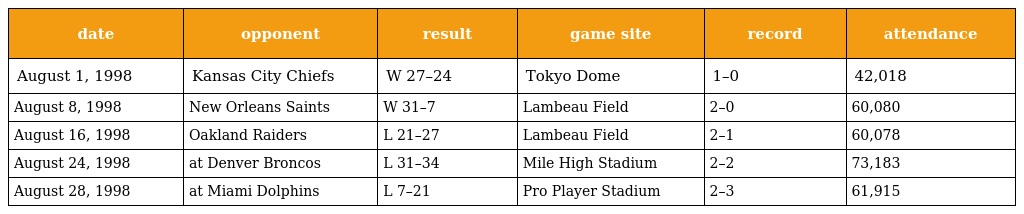
| date | opponent | result | game site | record | attendance |
 | --- | --- | --- | --- | --- | --- |
 | August 1, 1998 | Kansas City Chiefs | W 27–24 | Tokyo Dome | 1–0 | 42,018 |
 | August 8, 1998 | New Orleans Saints | W 31–7 | Lambeau Field | 2–0 | 60,080 |
 | August 16, 1998 | Oakland Raiders | L 21–27 | Lambeau Field | 2–1 | 60,078 |
 | August 24, 1998 | at Denver Broncos | L 31–34 | Mile High Stadium | 2–2 | 73,183 |
 | August 28, 1998 | at Miami Dolphins | L 7–21 | Pro Player Stadium | 2–3 | 61,915 |